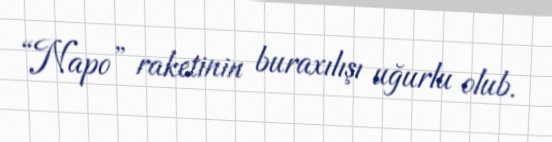
“Napo” raketinin buraxılışı uğurlu olub.